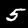
Digit: 5